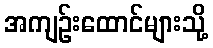
အကျဉ်းထောင်များသို့